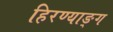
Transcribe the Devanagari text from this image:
हिरण्याङ्ग